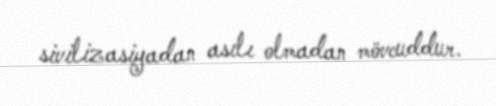
sivilizasiyadan asılı olmadan mövcuddur.